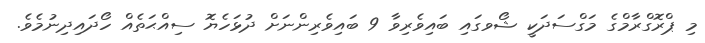
މި ޕްރޮގްރާމްގެ މަގްސަދަކީ ޝޯވގައި ބައިވެރިވާ 9 ބައިވެރިންނަށް ދުޅަހެޔޮ ސިއްޙަތެއް ހޯދައިދިނުމެވެ.